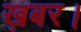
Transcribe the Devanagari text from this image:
ख़बर।